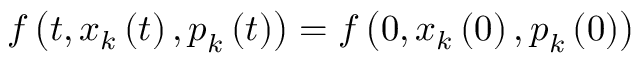
f \left( t , \boldsymbol { x } _ { k } \left( t \right) , \boldsymbol { p } _ { k } \left( t \right) \right) = f \left( 0 , \boldsymbol { x } _ { k } \left( 0 \right) , \boldsymbol { p } _ { k } \left( 0 \right) \right)